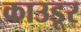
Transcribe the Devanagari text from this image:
काउडूर